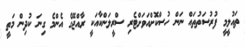
ތައުލީމީ ފުރުސަތުތައް ނަން ހުސްކޮށްއަވަށްޓެރި ސްރީލަންކާއަކީ ރާއްޖޭގެ އެންމެ ގިނަ ކުދިން މަތީ